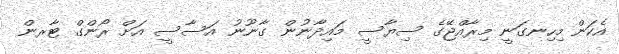
އެކަން މިހިނގަނީ މިރާއްޖޭގެ ސިޔާސީ މައިދާނުން ގާނޫނު އަސާސީ އަށް ރޯންގް ޓާރން